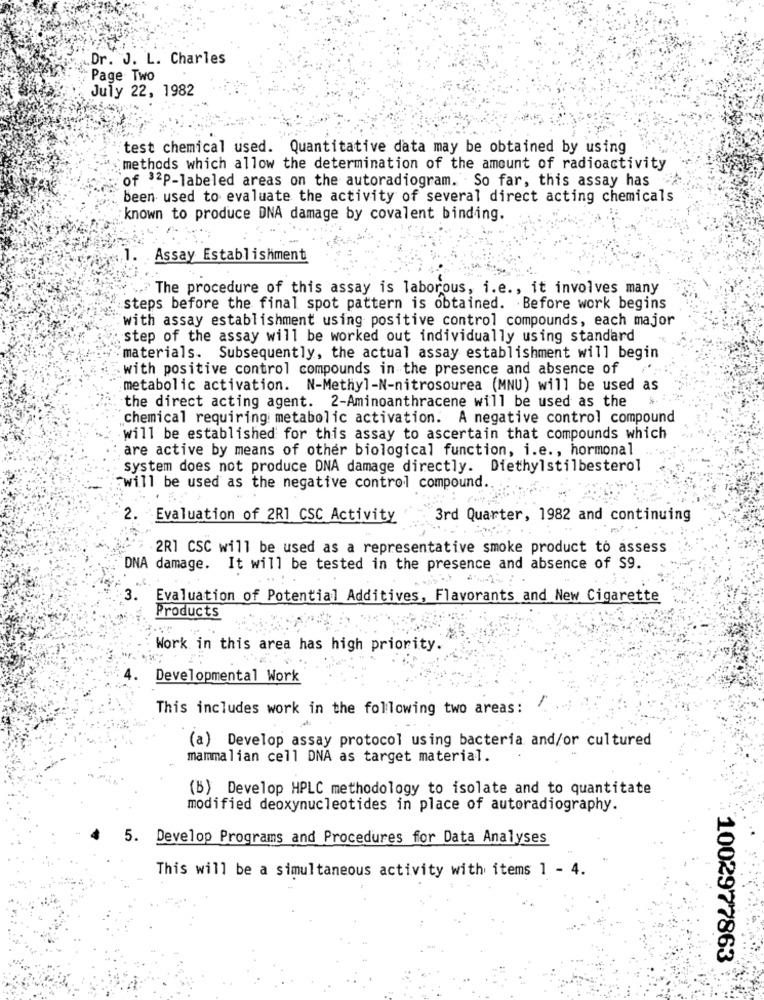
Dr. J. L. Charles
Page Two
July 22, 1982
test chemical used. Quantitative data may be obtained by using
methods which allow the determination of the amount of radioactivity
of 32P-labeled areas on the autoradiogram. So far, this assay has
been used to evaluate the activity of several direct acting chemicals
known to produce DNA damage by covalent binding.
Assay Establishment
The procedure of this assay is laborous, i.e ., it involves many
steps before the final spot pattern is obtained. Before work begins
with assay establishment using positive control compounds, each major
step of the assay will be worked out individually using standard
materials. Subsequently, the actual assay establishment will begin
with positive control compounds in the presence and absence of
metabolic activation. N-Methyl-N-nitrosourea (MNU) will be used as
the direct acting agent. 2-Aminoanthracene will be used as the
chemical requiring metabolic activation. A negative control compound
will be established for this assay to ascertain that compounds which
are active by means of other biological function, i.e ., hormonal
system does not produce DNA damage directly. Diethylstilbesterol
"will be used as the negative control compound.
2.
Evaluation of 2R1 CSC Activity
3rd Quarter, 1982 and continuing
. 2R1 CSC will be used as a representative smoke product to assess
DNA damage. It will be tested in the presence and absence of S9.
3.
Evaluation of Potential Additives, Flavorants and New Cigarette
Products
Work in this area has high priority.
Developmental Work
This includes work in the following two areas: "
(a) Develop assay protocol using bacteria and/or cultured
mammalian cell DNA as target material.
(B) Develop HPLC methodology to isolate and to quantitate
modified deoxynucleotides in place of autoradiography.
5. Develop Programs and Procedures for Data Analyses
This will be a simultaneous activity with items 1 - 4.
1002977863